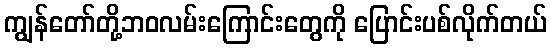
ကျွန်တော်တို့ဘဝလမ်းကြောင်းတွေကို ပြောင်းပစ်လိုက်တယ်